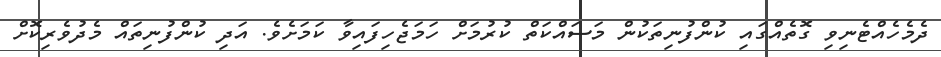
ދެމެހެއްޓެނިވި ގޮތެއްގައި ކުންފުނިތަކުން މަސައްކަތް ކުރުމަށް ހަމަޖެހިފައިވާ ކަމަށެވެ. އަދި ކުންފުނިތައް މެދުވެރިކޮށް